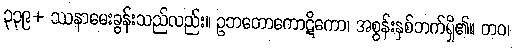
၃၃၉+ ဿနာမေးခွန်းသည်လည်း။ ဥဘတောကောဋိကော၊ အစွန်းနှစ်ဘက်ရှိ၏။ တဝ၊